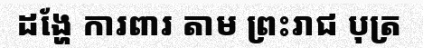
ដង្ហែ ការពារ តាម ព្រះរាជ បុត្រ